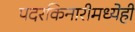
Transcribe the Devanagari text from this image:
पदरकिनारीमध्येही